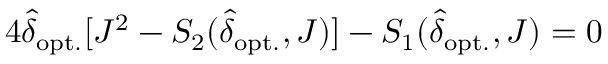
4 \hat { \delta } _ { \mathrm { o p t . } } [ J ^ { 2 } - S _ { 2 } ( \hat { \delta } _ { \mathrm { o p t . } } , J ) ] - S _ { 1 } ( \hat { \delta } _ { \mathrm { o p t . } } , J ) = 0